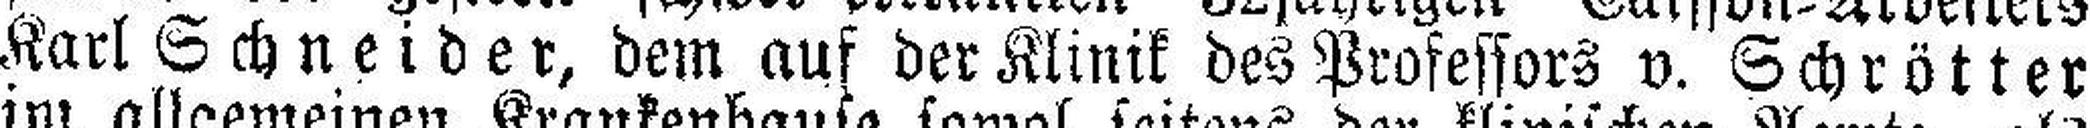
Karl Schneider, dem auf der Klinik des Professors v. Schrötter